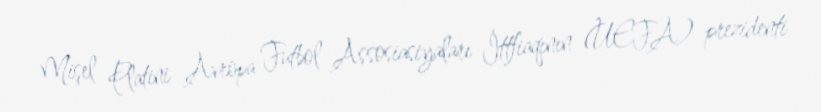
Mişel Platini Avropa Futbol Assosiasiyaları İttfiaqının (UEFA) prezidenti